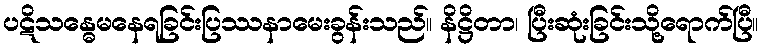
ပဋိသန္ဓေမနေရခြင်းပြဿနာမေးခွန်းသည်။ နိဋ္ဌိတာ၊ ပြီးဆုံးခြင်းသို့ရောက်ပြီ။